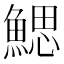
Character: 鰓